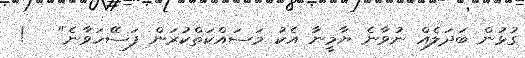
ގުޅުން ބަދަލެއް ނުވާނެ ޔާމީނާ އެކު މަސައްކަތްކުރަން ފަސޭހަވާނެ"   !